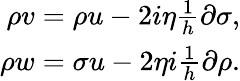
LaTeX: \begin{array}{r}{\rho v=\rho u-2i\eta\frac{1}{h}\partial\sigma,}\\ {\rho w=\sigma u-2\eta i\frac{1}{h}\partial\rho.}\end{array}